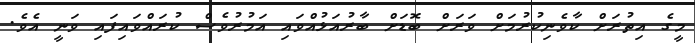
މީގެ އިތުރަށް ކާވެނިކުރުމަށް ވަރަށް ބޮޑަށް ބާރުއަޅުއްވައި އަމުރުވެސް ކުރައްވައިފައި ވަނީ އެވެ.